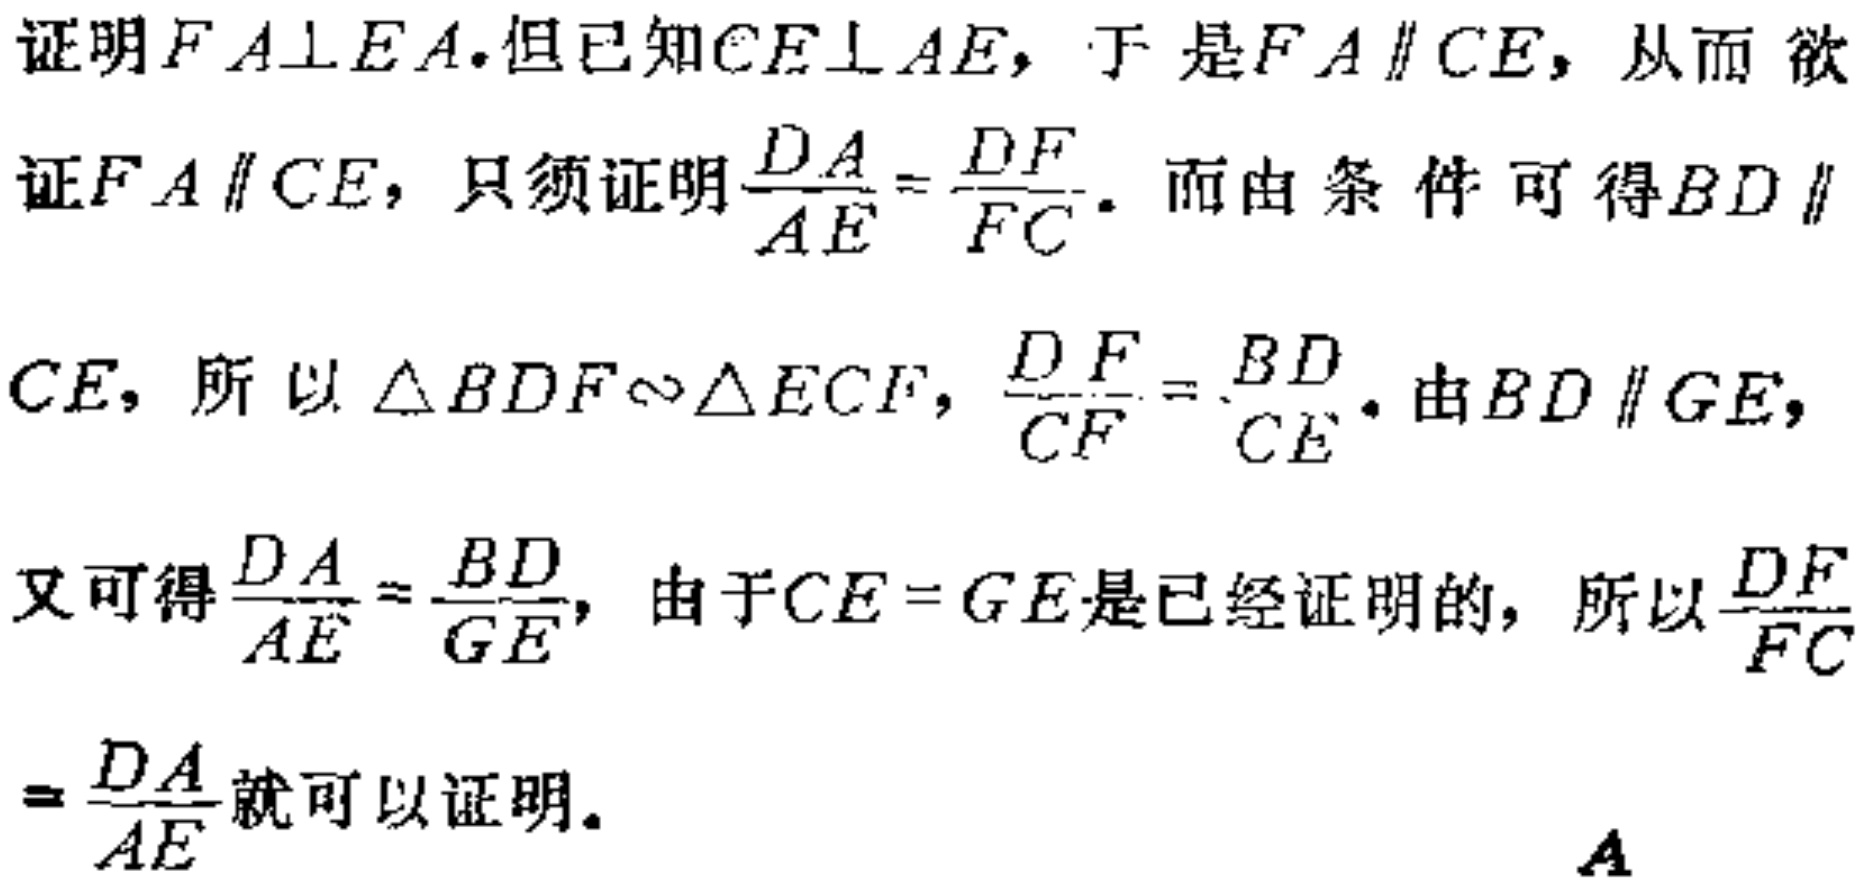
证明$FA\perp EA$.但已知$CE\perp AE$，于是$FA\parallel CE$，从而 欲证$FA\parallel CE$，只须证明$\frac{DA}{AE}=\frac{DF}{FC}$. 而由条件可得$BD\parallel CE$，所以$\triangle BDF\sim\triangle ECF$，$\frac{DF}{CF}=\frac{BD}{CE}$. 由$BD\parallel GE$，又可得$\frac{DA}{AE}=\frac{BD}{GE}$，由于$CE = GE$是已经证明的，所以$\frac{DF}{FC}=\frac{DA}{AE}$就可以证明.

$A$